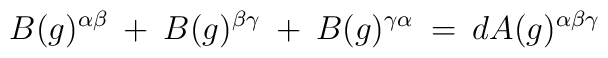
B(g)^{\alpha \beta} \: + \: B(g)^{\beta \gamma} \: + \:B(g)^{\gamma \alpha} \: = \: d A(g)^{\alpha \beta \gamma}